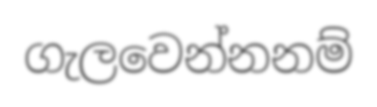
ගැලවෙන්නනම්